Statistical return of the lunatic asylum in Assam - 1912-1932
Year: 1912
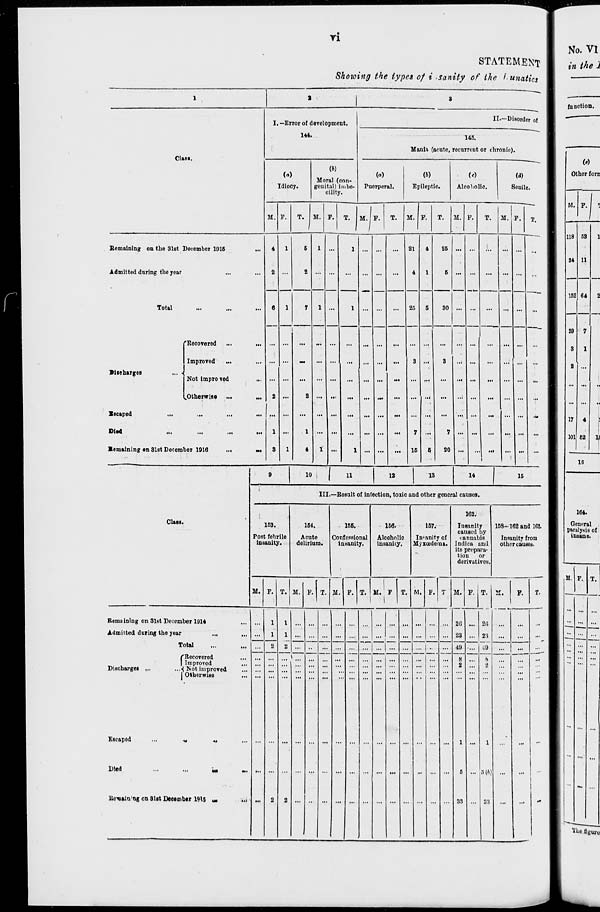
ri
STATEMENT
Showing the types of i sanity of the lunatics
,
1
3
3
I. —Error ol development.
144.
II.-Di sorder of
14S.
Mania (acute, recurrent or chronic).
Class.
Idiocy.
(ft)
Moral (con-
genital) imbe-
cility.
(a)
Puorperal.
(ft)
Epileptic.
(c)
Alcoholic.
Sonile.
M. F.
T. M. F.
T.
M.I P. T. M. F. T. M. P. T. M. F. T.
Bemaining on the 31st December 1916
...
4
1
6
1 ...
1 ... ...
...
21
4
26 ... ...
.
... ...
...
Admitted during the year
...
2 ...
2 ... ...
...
—
...
...
4
25
1
6
6
...
—
...
...
...
Total
6
1
7
1 ...
1
...
...
30
...
...
'Recovered
...
'
... ...
...
...
... ...
...
... ...
...
... ...
...
Improved
... ... ...
m
... ...
...
...
...
3 ...
3
..i
...
...
...
|
...
Discharges
Not impro ved
.Otherwise
...
2
...
2
... ...
...
... ...
...
... ...
...
... ...
...
... ...
...
Escaped
...
...
...
... ... ...
...
... ...
...
... ...
...
... ...
...
... ...
...
... ...
.-
Died
...
...
...
...
1 ...
1 ... ...
...
... ...
...
7 •"
7 ... ...
...
... ...
...
Remaining on 31st Decem ber 1916
...
3
1
4
1 ...
1 ... ...
...
16
6
20 ...
••
i
... ...
...
Class.
10
11
12
13
14
16
III.—Result of infection, toxic and other general causes.
163.
Post febrile
insanity.
164.
Acute
delirium.
166.
Confessional
insanity.
M. F. T. M. P. T. M. F. T.
166.
Alcoholio
insanity.
167.
In'anity of
Myxcederaa.
162.
Insanity
caused by
camiabis
Indica and
its prepara-
tion
or
derivatives
168-162 and IfiS.
Insanity from
other causes.
M. F T. M. F.
M. F. T. M.
F.
Remaining on 31st December 1914
Admitted during the year
Total
Discharges
/"Recovered
I Improved
.•< Not improved
I Otherwise
Escaped
Died
Rcvain'ng on 31st December 191S u»
B9
5 (»)
83
w
Other forn
M.
1
F.
3
118 63
1
34 11
—
162 64
2
—
—
29 7
3
1
2 ...
17 4
,
101 62
1
16
164.
Genoral
paralysis of
insane.